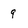
Character: 9